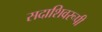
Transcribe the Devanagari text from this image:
सदाशिवरूपी